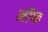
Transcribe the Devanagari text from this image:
नीफ